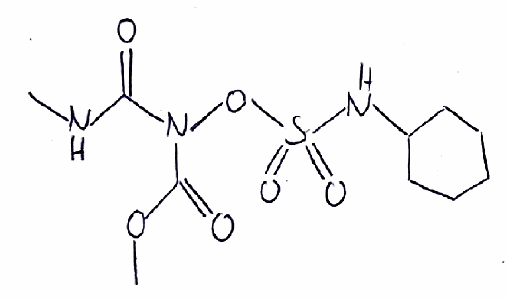
Simplified molecular-input line-entry system (SMILES) notation of the given molecule:
CNC(=O)N(C(=O)OC)OS(=O)(=O)NC1CCCCC1